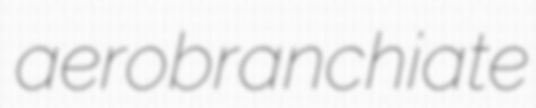
aerobranchiate